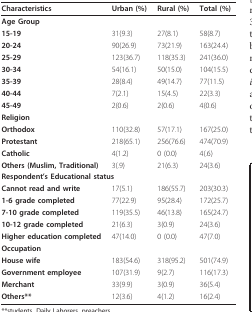
<table><thead><tr><td><b>Characteristics</b></td><td><b>Urban (%)</b></td><td><b>Rural (%)</b></td><td><b>Total (%)</b></td></tr></thead><tbody><tr><td colspan="4"><b>Age Group</b></td></tr><tr><td><b>15-19</b></td><td>31(9.3)</td><td>27(8.1)</td><td>58(8.7)</td></tr><tr><td><b>20-24</b></td><td>90(26.9)</td><td>73(21.9)</td><td>163(24.4)</td></tr><tr><td><b>25-29</b></td><td>123(36.7)</td><td>118(35.3)</td><td>241(36.0)</td></tr><tr><td><b>30-34</b></td><td>54(16.1)</td><td>50(15.0)</td><td>104(15.5)</td></tr><tr><td><b>35-39</b></td><td>28(8.4)</td><td>49(14.7)</td><td>77(11.5)</td></tr><tr><td><b>40-44</b></td><td>7(2.1)</td><td>15(4.5)</td><td>22(3.3)</td></tr><tr><td><b>45-49</b></td><td>2(0.6)</td><td>2(0.6)</td><td>4(0.6)</td></tr><tr><td colspan="4"><b>Religion</b></td></tr><tr><td><b>Orthodox</b></td><td>110(32.8)</td><td>57(17.1)</td><td>167(25.0)</td></tr><tr><td><b>Protestant</b></td><td>218(65.1)</td><td>256(76.6)</td><td>474(70.9)</td></tr><tr><td><b>Catholic</b></td><td>4(1.2)</td><td>0 (0.0)</td><td>4(.6)</td></tr><tr><td><b>Others (Muslim, Traditional)</b></td><td>3(.9)</td><td>21(6.3)</td><td>24(3.6)</td></tr><tr><td colspan="4"><b>Respondent&#x27;s Educational status</b></td></tr><tr><td><b>Cannot read and write</b></td><td>17(5.1)</td><td>186(55.7)</td><td>203(30.3)</td></tr><tr><td><b>1-6 grade completed</b></td><td>77(22.9)</td><td>95(28.4)</td><td>172(25.7)</td></tr><tr><td><b>7-10 grade completed</b></td><td>119(35.5)</td><td>46(13.8)</td><td>165(24.7)</td></tr><tr><td><b>10-12 grade completed</b></td><td>21(6.3)</td><td>3(0.9)</td><td>24(3.6)</td></tr><tr><td><b>Higher education completed</b></td><td>47(14.0)</td><td>0 (0.0)</td><td>47(7.0)</td></tr><tr><td colspan="4"><b>Occupation</b></td></tr><tr><td><b>House wife</b></td><td>183(54.6)</td><td>318(95.2)</td><td>501(74.9)</td></tr><tr><td><b>Government employee</b></td><td>107(31.9)</td><td>9(2.7)</td><td>116(17.3)</td></tr><tr><td><b>Merchant</b></td><td>33(9.9)</td><td>3(0.9)</td><td>36(5.4)</td></tr><tr><td><b>Others**</b></td><td>12(3.6)</td><td>4(1.2)</td><td>16(2.4)</td></tr></tbody></table>